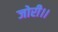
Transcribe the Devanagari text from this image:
जोरी।।